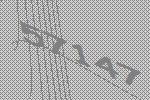
57147